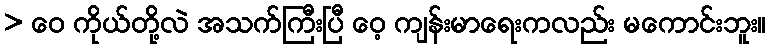
> ဝေ ကိုယ်တို့လဲ အသက်ကြီးပြီ ဝေ့ ကျန်းမာရေးကလည်း မကောင်းဘူး။